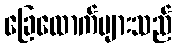
ခြေထောက်များသည်